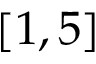
[ 1 , 5 ]